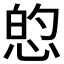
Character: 𱞡